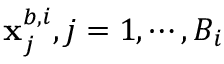
\mathbf { x } _ { j } ^ { b , i } , j = 1 , \cdots , B _ { i }